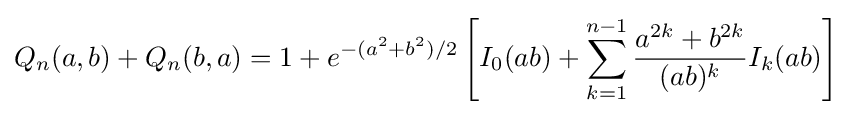
Q_{n}(a,b)+Q_{n}(b,a)=1+e^{-(a^{2}+b^{2})/2}\left[I_{0}(ab)+\sum _{k=1}^{n-1}{\frac {a^{2k}+b^{2k}}{(ab)^{k}}}I_{k}(ab)\right]